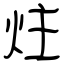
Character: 炷